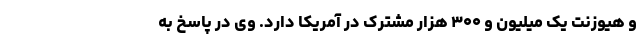
و هیوزنت یک میلیون و ۳۰۰ هزار مشترک در آمریکا دارد. وی در پاسخ به